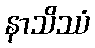
နာသိဿံ